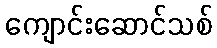
ကျောင်းဆောင်သစ်